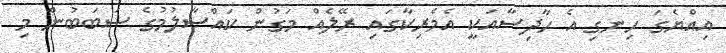
އިއްޔެގަ ހިނގި އެ ހާދިސާއަކީ އެމެރިކާގައި ރޭލެއް މަގުން ކައްސާލުމުގެ ސަބަބުން މި